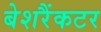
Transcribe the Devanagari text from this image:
बेशरैंकटर